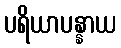
ပရိယာပန္နာယ